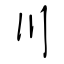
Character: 川